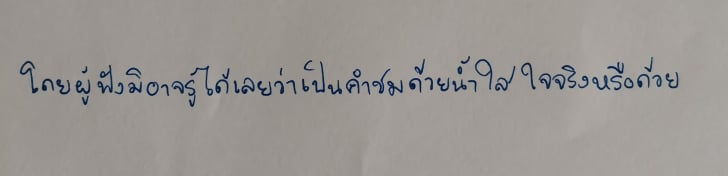
โดยผู้ฟังมิอาจรู้ได้เลยว่าเป็นคำชมด้วยน้ำใสใจจริงหรือด้วย